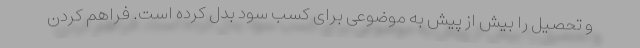
و تحصیل را بیش از پیش به موضوعی برای کسب سود بدل کرده است. فراهم کردن